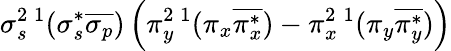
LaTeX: \sigma_{s}^{2}{}\, ^{1}(\sigma_{s}^{*}\overline{{\sigma_{p}}})\left(\pi_{y}^{2}{}\, ^{1}(\pi_{x}\overline{{\pi_{x}^{*}}})-\pi_{x}^{2}{}\, ^{1}(\pi_{y}\overline{{\pi_{y}^{*}}})\right)